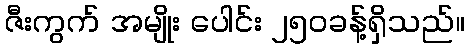
ဇီးကွက် အမျိုး ပေါင်း ၂၅၀ခန့်ရှိသည်။